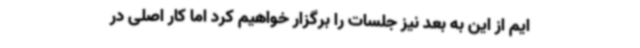
ایم از این به بعد نیز جلسات را برگزار خواهیم کرد اما کار اصلی در